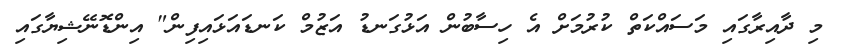
މި ދާއިރާގައި މަސައްކަތް ކުރުމަށް އެ ހިސާބުން އަޅުގަނޑު އަޒުމް ކަނޑައަޅައިފިން" އިންޑޮނޭޝިޔާގައި